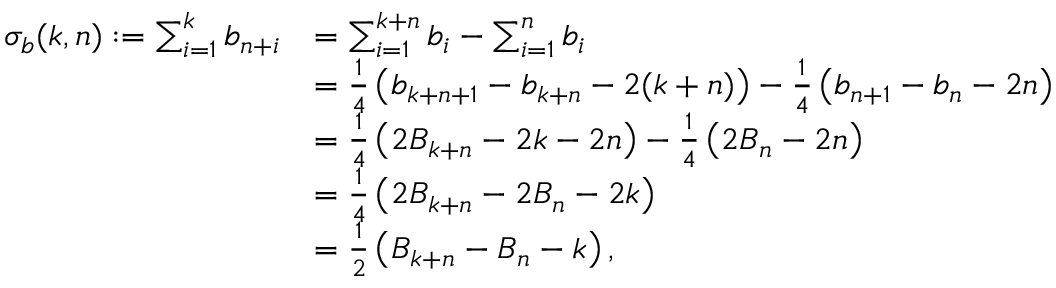
\begin{array} { r l } { \sigma _ { b } ( k , n ) : = \sum _ { i = 1 } ^ { k } b _ { n + i } } & { = \sum _ { i = 1 } ^ { k + n } b _ { i } - \sum _ { i = 1 } ^ { n } b _ { i } } \\ & { = \frac { 1 } { 4 } \left( b _ { k + n + 1 } - b _ { k + n } - 2 ( k + n ) \right) - \frac { 1 } { 4 } \left( b _ { n + 1 } - b _ { n } - 2 n \right) } \\ & { = \frac { 1 } { 4 } \left( 2 B _ { k + n } - 2 k - 2 n \right) - \frac { 1 } { 4 } \left( 2 B _ { n } - 2 n \right) } \\ & { = \frac { 1 } { 4 } \left( 2 B _ { k + n } - 2 B _ { n } - 2 k \right) } \\ & { = \frac { 1 } { 2 } \left( B _ { k + n } - B _ { n } - k \right) , } \end{array}